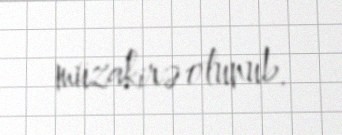
müzakirə olunub.